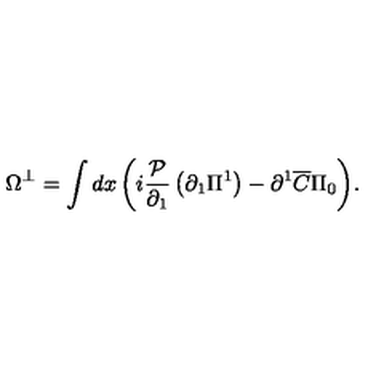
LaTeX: \Omega ^ { \bot } = \int { d x \left( { i \frac { { \cal P } } { { \partial _ { 1 } } } \left( { \partial _ { 1 } \Pi ^ { 1 } } \right) - \partial ^ { 1 } \overline { C } \Pi _ { 0 } } \right) } .